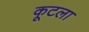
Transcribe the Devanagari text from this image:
कूटला